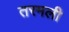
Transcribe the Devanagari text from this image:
तरमली